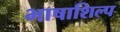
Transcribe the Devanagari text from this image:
भाषाशिल्प